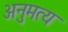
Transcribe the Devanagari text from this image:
अनुमत्य